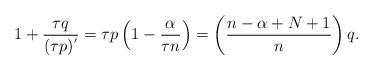
LaTeX: \begin{align*}1+\frac{\tau q}{(\tau p)^{'}}=\tau p\left(1-\frac{\alpha}{\tau n}\right)=\left(\frac{n-\alpha+N+1}{n}\right)q.\end{align*}